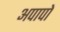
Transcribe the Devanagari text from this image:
अपापो